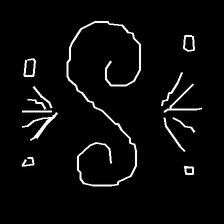
Glyph: aeroform